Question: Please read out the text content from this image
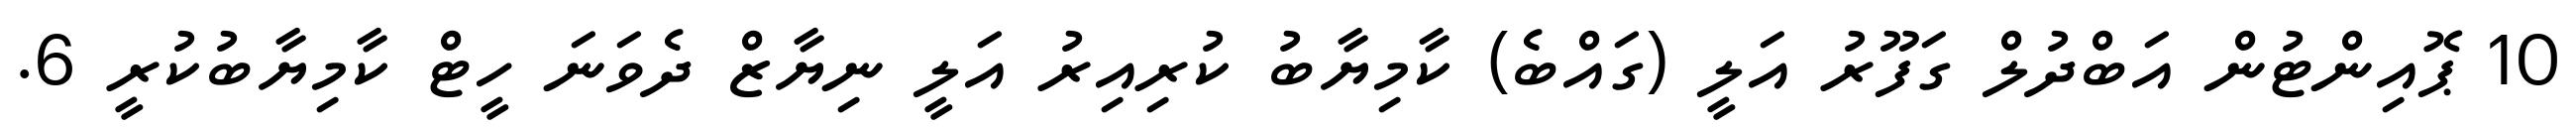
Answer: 10 ޕޮއިންޓުން އަބްދުލް ގަފޫރު އަލީ (ގައްބެ) ކާމިޔާބު ކުރިއިރު އަލީ ނިޔާޒް ދެވަނަ ހީޓް ކާމިޔާބުކުރީ 6.